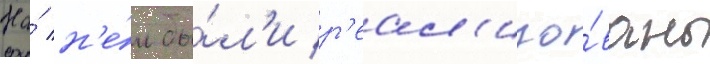
На́ н'е́м бы́л'и р'еал'изо́ваны